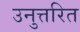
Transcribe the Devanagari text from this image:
उनुत्तरित